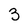
Character: 3